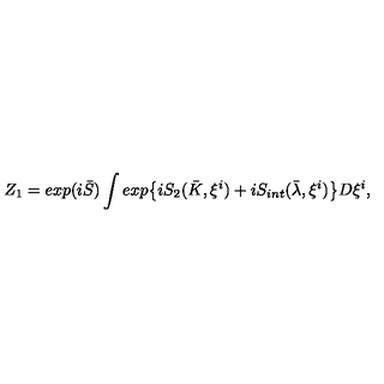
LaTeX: Z _ { 1 } = e x p ( i \bar { S } ) \int e x p { \left\{ i S _ { 2 } ( \bar { K } , \xi ^ { i } ) + i S _ { i n t } ( \bar { \lambda } , \xi ^ { i } ) \right\} } D \xi ^ { i } ,